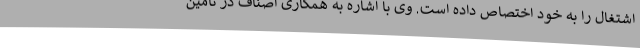
اشتغال را به خود اختصاص داده است. وی با اشاره به همکاری اصناف در تامین